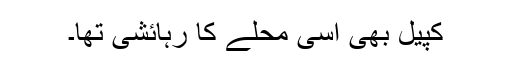
کپیل بھی اسی محلے کا رہائشی تھا۔